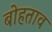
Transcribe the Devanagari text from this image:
बोहताव